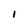
Character: 1